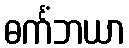
ဓင်္ကံဘယာ